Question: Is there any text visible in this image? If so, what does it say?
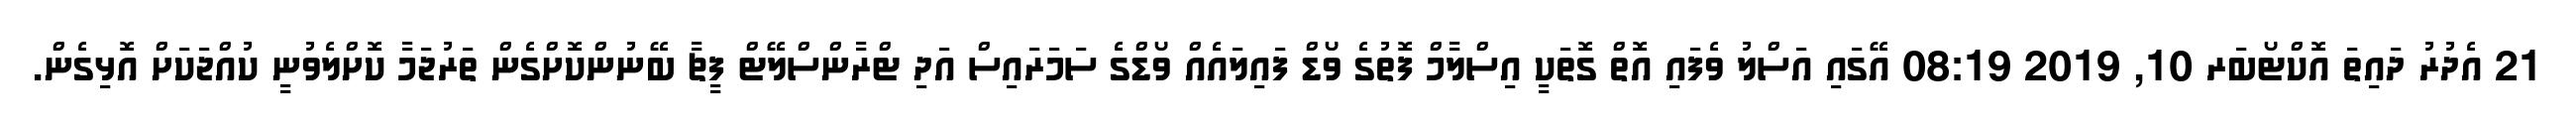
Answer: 21 އެދުރު ދައިތަ އޮކްޓޯބަރ 10, 2019 08:19 އޭގައި އަސްލު ވެފައި އޮތް ގޮތަކީ އިސްލާމް ފޮތުގެ ވޯޑް ފައިލައެއް ވޯޑްގެ ސަމަރައިސް އަދި ޓްރާންސްލޭޓް ފީޗާ ބޭނުންކޮށްގެން ތަރުޖަމާ ކޮށްލެވުނީ ކުއްޖަކަށް އޮޅިގެން.